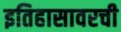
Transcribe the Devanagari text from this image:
इतिहासावरची